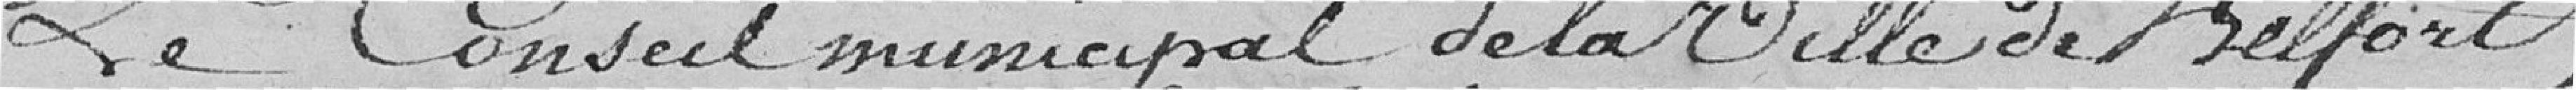
Le Conseil municipal de la Ville de Belfort